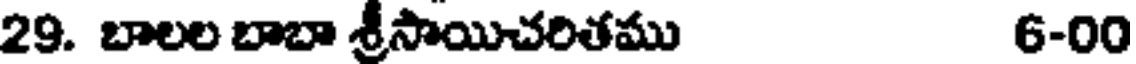
29. బాలల బాబా శ్రీసాయిచరితము 6-00